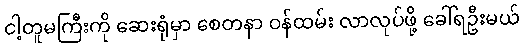
ငါ့တူမကြီးကို ဆေးရုံမှာ စေတနာ ဝန်ထမ်း လာလုပ်ဖို့ ခေါ်ရဦးမယ်